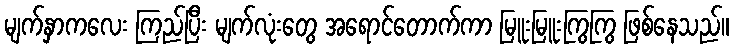
မျက်နှာကလေး ကြည်ပြီး မျက်လုံးတွေ အရောင်တောက်ကာ မြူးမြူးကြွကြွ ဖြစ်နေသည်။